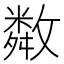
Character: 𢿻